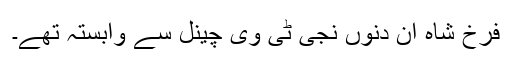
فرخ شاہ ان دنوں نجی ٹی وی چینل سے وابستہ تھے۔